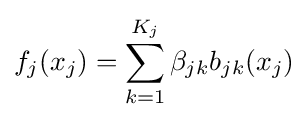
f_{j}(x_{j})=\sum _{k=1}^{K_{j}}\beta _{jk}b_{jk}(x_{j})